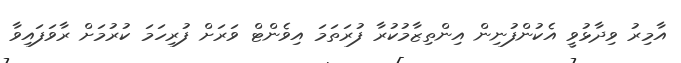
އާމިރު ވިދާޅުވީ އެކުންފުނިން އިންތިޒާމުކުރާ ފުރަތަމަ އިވެންޓް ވަރަށް ފުރިހަމަ ކުރުމަށް ރާވަފައިވާ